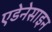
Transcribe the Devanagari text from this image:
एडेनेसाइन